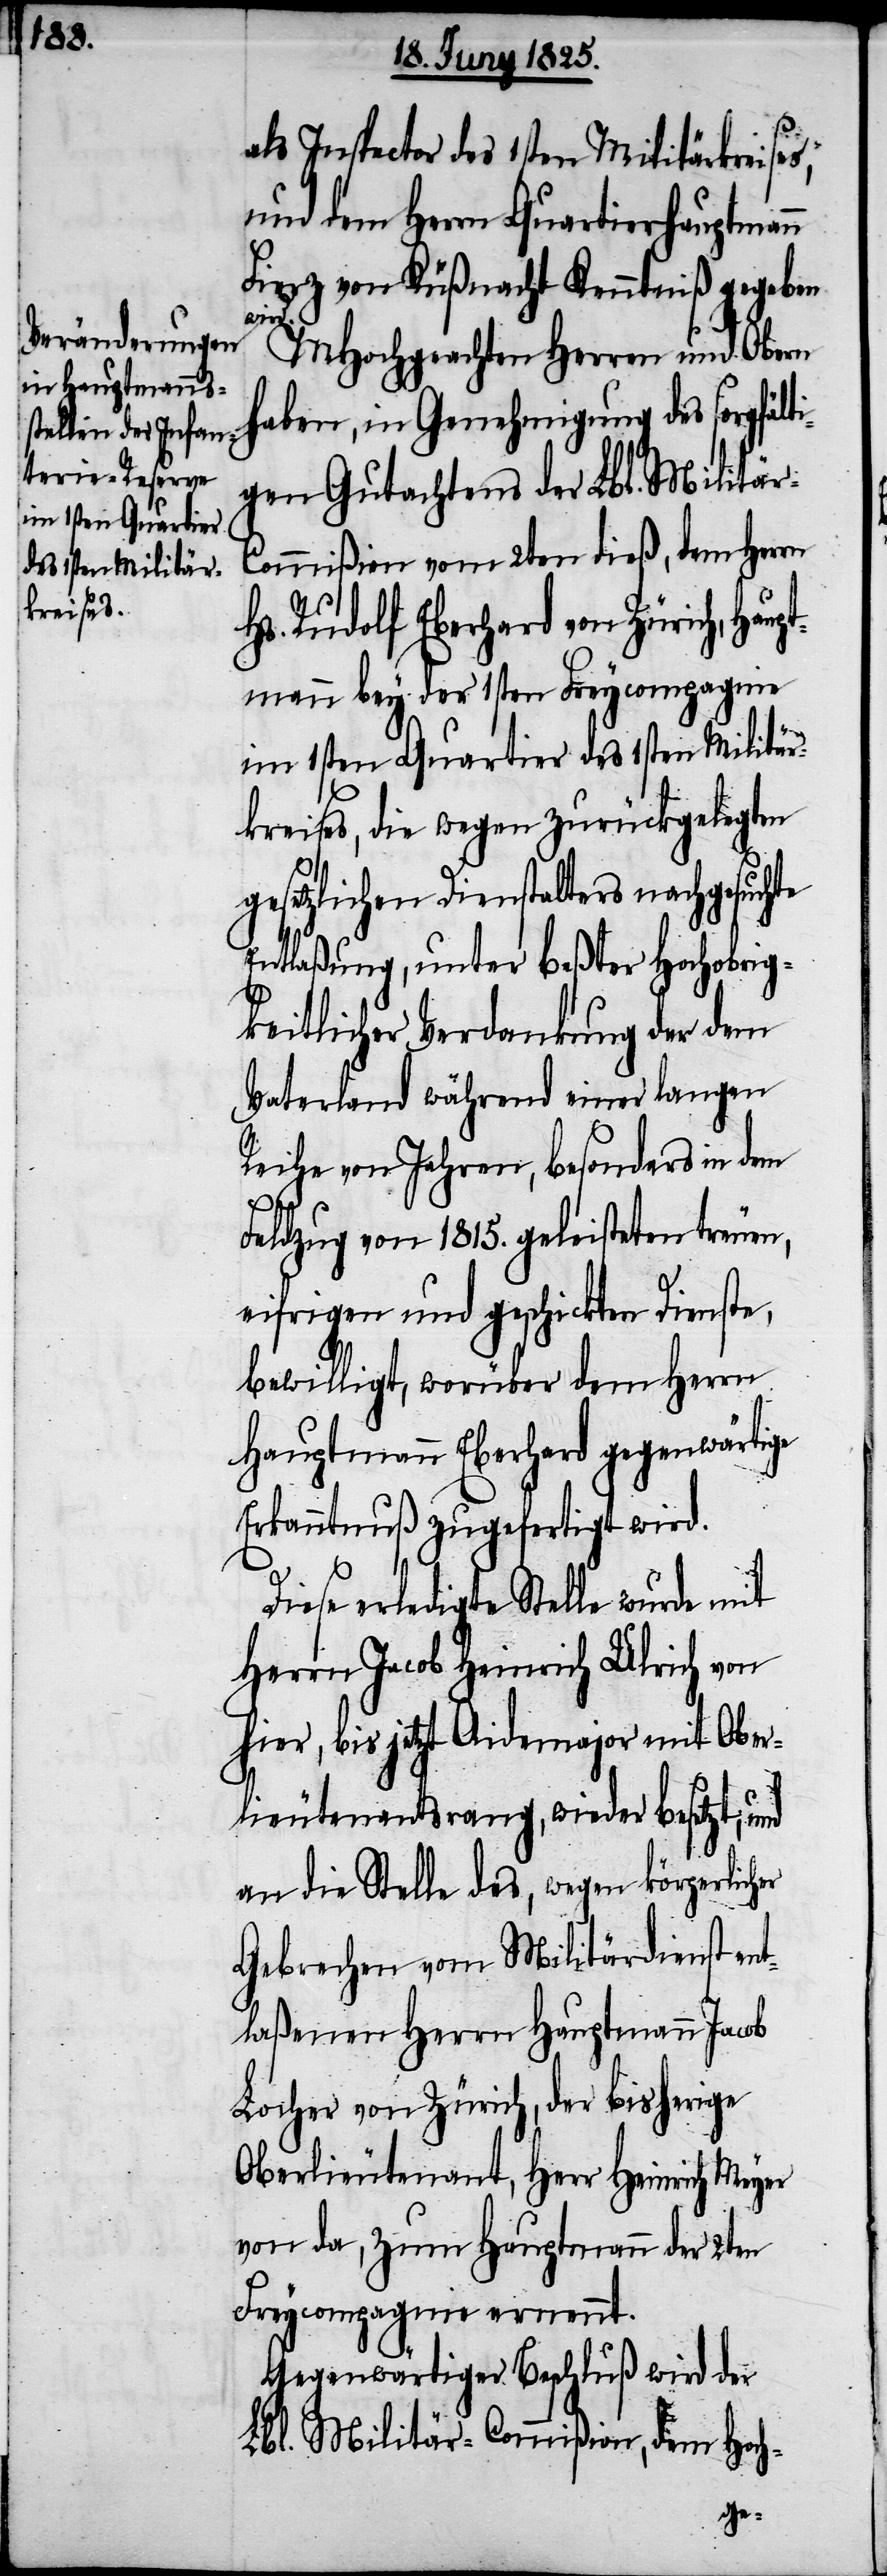
als Inspector des 1sten Militärkreises,
und dem Herrn Quartierhauptmann
Fierz von Küßnacht Kenntniß gegeben
wir¬
d.
MHochgeachten Herren und Obern
haben, in Genehmigung des sorgfält¬
igen Gutachtens der Lbl. Militär-C¬
ommißion vom 2ten dieß, dem Herrn
Hs. Rudolf Eberhard von Zürich, Hau¬
ptmann bey der 1sten Freycompagnie
im 1sten Quartier des 1sten Militär¬
kreises, die wegen zurückgelegten
gesetzlichen Dienstalters nachgesuchte
Entlaßung, unter beßter Hochobrig¬
keitlicher Verdankung der dem
Vaterland während einer langen
Reihe von Jahren, besonders in dem
Feldzug von 1815. geleisteten treuen,
eifrigen und geschickten Dienste,
bewilligt, worüber dem Herrn
Hauptmann Eberhard gegenwärtige
Erkanntnuß zugefertigt wird.
Diese erledigte Stelle wurde mit
Herrn Jacob Heinrich Ulrich von
hier, bis jetzt Aidemajor mit Ober¬
lieutenantsrang, wieder besetzt, und
an die Stelle des, wegen körperlicher
Gebrechen vom Militärdienst ent¬
laßenen Herrn Hauptmann Jacob
Locher von Zürich, der bisherige
Oberlieutenant, Herr Heinrich Meyer
von da, zum Hauptmann der 2ten
Freycompagnie ernennt.
Gegenwärtiger Beschluß wird der
Lbl. Militär-Commißion, dem Hoch-